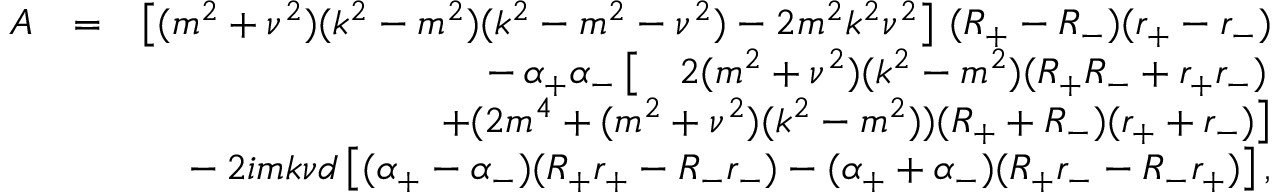
\begin{array} { r l r } { A } & { = } & { \left[ ( m ^ { 2 } + \nu ^ { 2 } ) ( k ^ { 2 } - m ^ { 2 } ) ( k ^ { 2 } - m ^ { 2 } - \nu ^ { 2 } ) - 2 m ^ { 2 } k ^ { 2 } \nu ^ { 2 } \right] \, ( R _ { + } - R _ { - } ) ( r _ { + } - r _ { - } ) } \\ & { } & { - \, \alpha _ { + } \alpha _ { - } \left[ \quad 2 ( m ^ { 2 } + \nu ^ { 2 } ) ( k ^ { 2 } - m ^ { 2 } ) ( R _ { + } R _ { - } + r _ { + } r _ { - } ) \right. } \\ & { } & { \qquad \qquad \left. + ( 2 m ^ { 4 } + ( m ^ { 2 } + \nu ^ { 2 } ) ( k ^ { 2 } - m ^ { 2 } ) ) ( R _ { + } + R _ { - } ) ( r _ { + } + r _ { - } ) \right] } \\ & { } & { - \, 2 i m k \nu d \left[ ( \alpha _ { + } - \alpha _ { - } ) ( R _ { + } r _ { + } - R _ { - } r _ { - } ) - ( \alpha _ { + } + \alpha _ { - } ) ( R _ { + } r _ { - } - R _ { - } r _ { + } ) \right] , } \end{array}